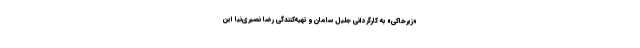
«زیرخاکی» به کارگردانی جلیل سامان و تهیه‌کنندگی رضا نصیری‌نیا این